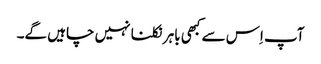
آپ اِس سے کبھی باہر نکلنا نہیں چاہیں گے۔